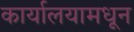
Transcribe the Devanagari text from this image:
कार्यालयामधून